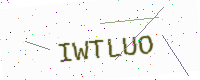
Text: IWTLUO